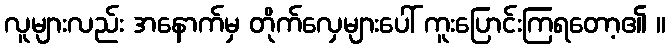
လူများလည်း အနောက်မှ တိုက်လှေများပေါ် ကူးပြောင်းကြရတော့၏ ။